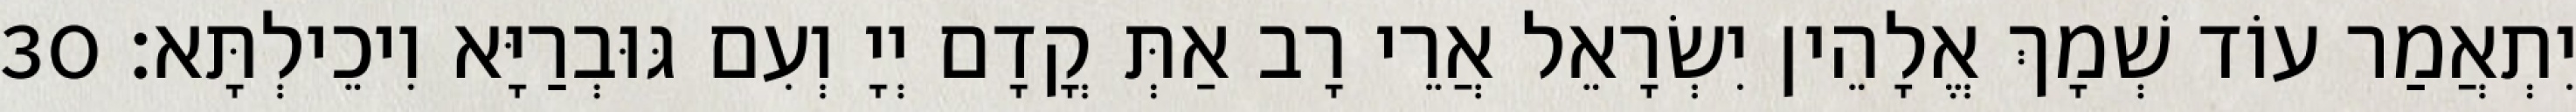
יִתְאֲמַר עוֹד שְׁמָךְ אֱלָהֵין יִשְׂרָאֵל אֲרֵי רָב אַתְּ קֳדָם יְיָ וְעִם גּוּבְרַיָּא וִיכֵילְתָּא׃ 30